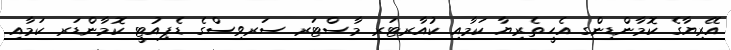
އޭރިޔާގެ ކޮމާންޑިންގ އެހީތެރިޔާ ކަމާއި ކުއާރޓަރ މާސްޓަރ ސަރވިސްގެ ޑެޕިއުޓީ ކޮމާންޑަރ ކަމާއި